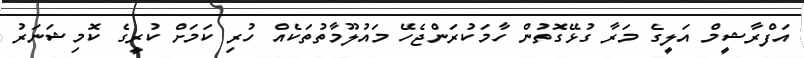
އަފްރާޝީމް އަލީގެ މަރާ ގުޅޭގޮތުން ހާމަކުރަންޖެހޭ މައުލޫމާތުތަކެއް ހުރި ކަމަށް ކުރީގެ ކޮމިޝަނަރު